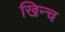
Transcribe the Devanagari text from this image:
खिन्च